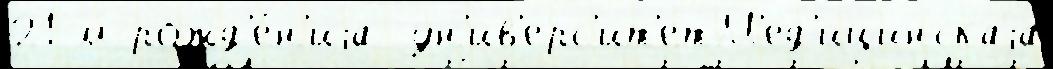
21-м рожд'е́н'иjа  ун'ив'ерс'ит'етМ'ед'ицинскаjа